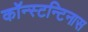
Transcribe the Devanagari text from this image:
कॉन्स्टन्टिनास